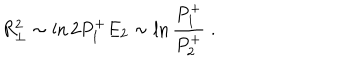
R _ { \perp } ^ { 2 } \sim \ln 2 P _ { 1 } ^ { + } E _ { 2 } \sim \ln { \frac { P _ { 1 } ^ { + } } { P _ { 2 } ^ { + } } } \; .